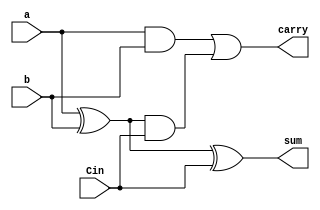
module FullAdder_structural(sum,carry,a,b,Cin);
  output sum,carry;
  input a,b,Cin;
  wire sum1, carry1, carry2;
  xor g1(sum1,a,b);
  xor g2(sum, sum1,Cin);
  and g3(carry1,a,b);
  and g4(carry2,sum1,Cin);
  or g5(carry,carry1,carry2);
endmodule